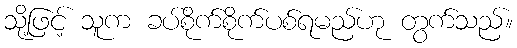
သို့ဖြင့် သူက ခပ်စိုက်စိုက်ပစ်ရမည်ဟု တွက်သည်။